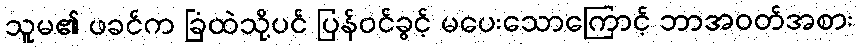
သူမ၏ ဖခင်က ခြံထဲသို့ပင် ပြန်ဝင်ခွင့် မပေးသောကြောင့် ဘာအဝတ်အစား